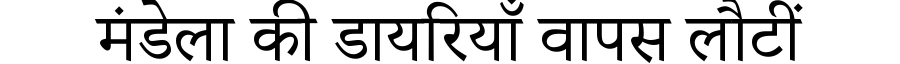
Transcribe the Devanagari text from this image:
मंडेला की डायरियाँ वापस लौटीं